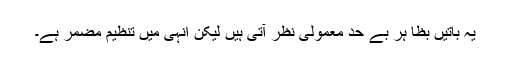
یہ باتیں بظا ہر بے حد معمولی نظر آتی ہیں لیکن انہی میں تنظیم مضمر ہے۔